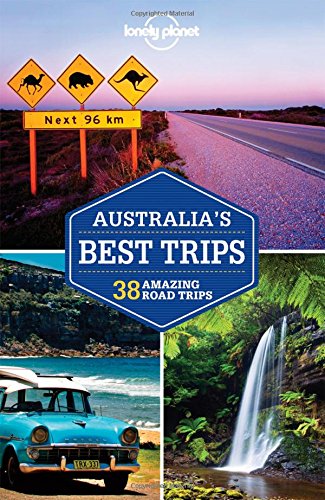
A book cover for Lonely Planet Australia's Best Trips (Travel Guide); Lonely Planet; Travel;